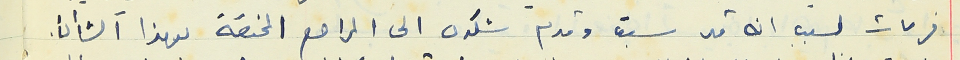
فرحات لسبب انه قد سبق وقدم شكوى الى المراجع المختصة بهذا الشأن.